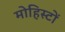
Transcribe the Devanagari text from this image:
मोहिस्टों